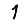
Digit: 1